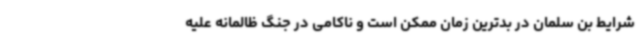
شرایط بن سلمان در بدترین زمان ممکن است و ناکامی در جنگ ظالمانه علیه